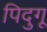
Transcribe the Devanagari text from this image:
पिदुगू